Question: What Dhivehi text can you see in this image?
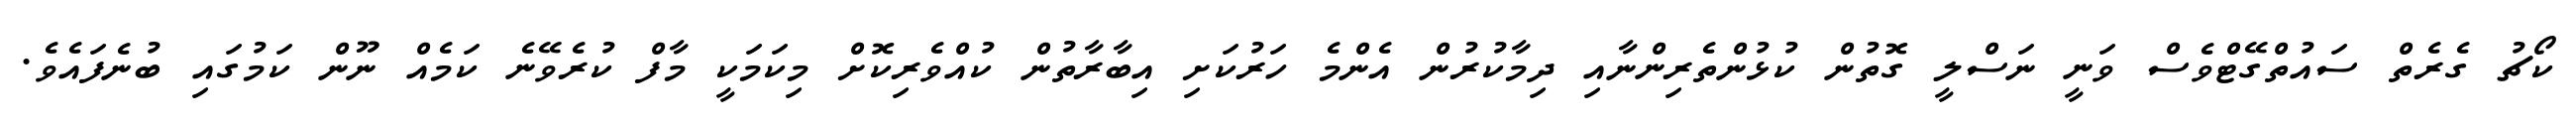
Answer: ކޯޗު ގެރެތް ސައުތްގޭޓްވެސް ވަނީ ނަސްލީ ގޮތުން ކުޅުންތެރިންނާއި ދިމާކުރުން އެންމެ ހަރުކަށި އިބާރާތުން ކުއްވެރިކޮށް މިކަމަކީ މާފް ކުރެވޭނެ ކަމެއް ނޫން ކަމުގައި ބުނެފައެވެ.